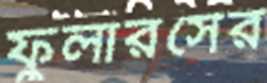
ফুলারসের